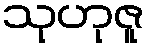
သုဟုဇူ